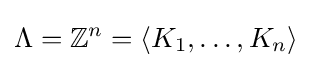
\Lambda =\mathbb {Z} ^{n}=\langle K_{1},\ldots ,K_{n}\rangle